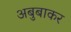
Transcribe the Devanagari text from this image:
अबुबाकर